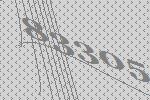
83305